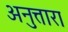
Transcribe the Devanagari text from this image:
अनुत्तारा